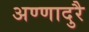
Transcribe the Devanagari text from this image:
अण्णादुरै